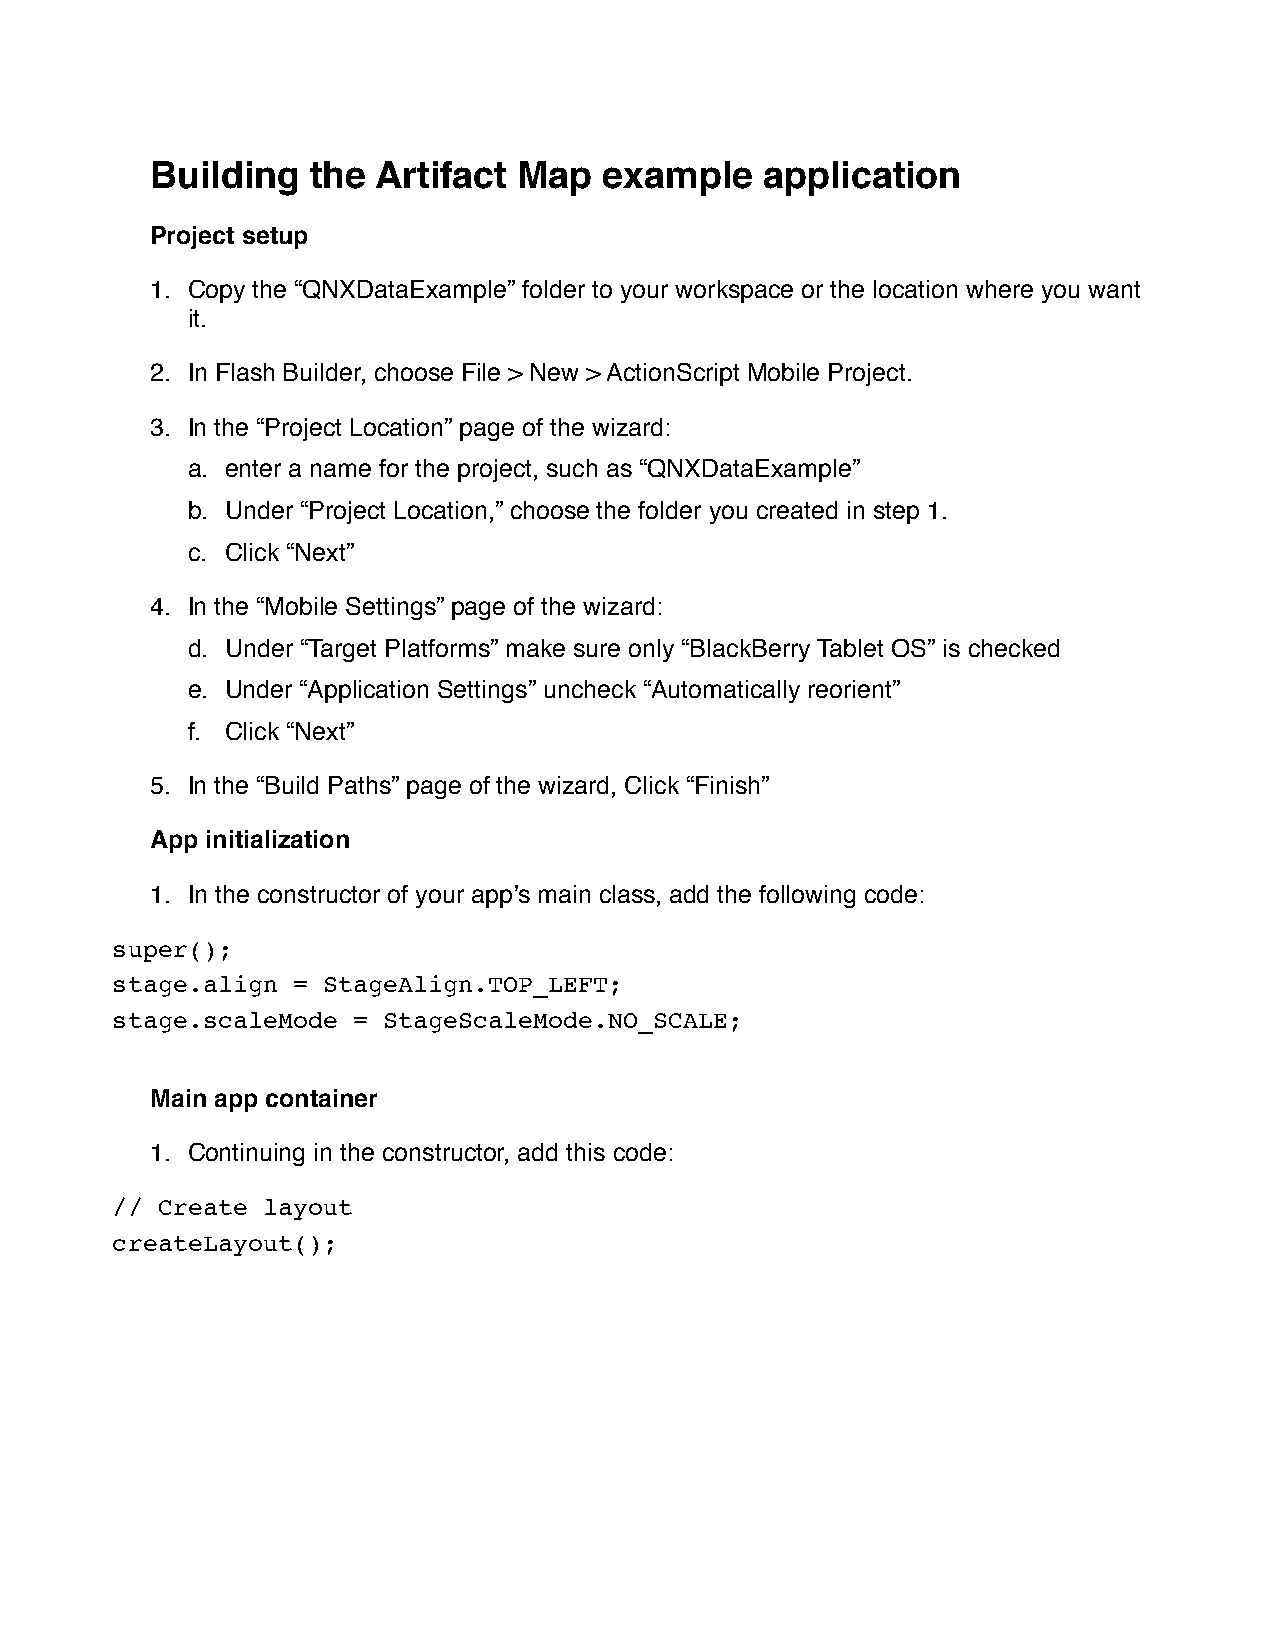
Building   the Artifact Map   example    application
 Project setup
 1. Copy the “QNXDataExample” folder to your workspace or the location where you want
 it.
 2. In Flash Builder, choose File > New > ActionScript Mobile Project.
 3. In the “Project Location” page of the wizard:
 a. enter a name for the project, such as “QNXDataExample”
 b. Under “Project Location,” choose the folder you created in step 1.
 c. Click “Next”
 4. In the “Mobile Settings” page of the wizard:
 d. Under “Target Platforms” make sure only “BlackBerry Tablet OS” is checked
 e. Under “Application Settings” uncheck “Automatically reorient”
 f. Click “Next”
 5. In the “Build Paths” page of the wizard, Click “Finish”
 App initialization
 1. In the constructor of your appʼs main class, add the following code:
 super();
 stage.align = StageAlign.TOP_LEFT;
 stage.scaleMode = StageScaleMode.NO_SCALE;
 Main app container
 1. Continuing in the constructor, add this code:
 // Create layout
 createLayout();